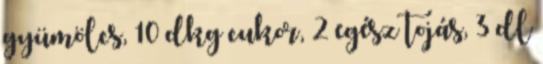
gyümölcs, 10 dkg cukor, 2 egész tojás, 3 dl